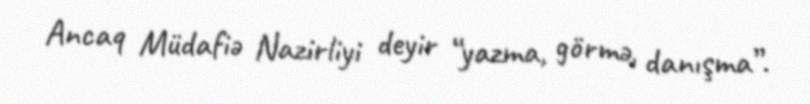
Ancaq Müdafiə Nazirliyi deyir “yazma, görmə, danışma”.